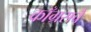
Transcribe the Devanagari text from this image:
काँग्रसचे